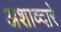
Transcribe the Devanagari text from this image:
अशाव्दारे